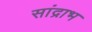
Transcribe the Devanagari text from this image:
सांद्राभ